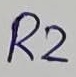
Text: R2